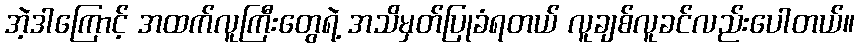
အဲ့ဒါကြောင့် အထက်လူကြီးတွေရဲ့ အသိမှတ်ပြုခံရတယ် လူချစ်လူခင်လည်းပေါတယ်။